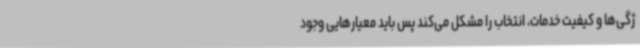
ژگی‌ها و کیفیت خدمات، انتخاب را مشکل می‌کند پس باید معیارهایی وجود